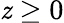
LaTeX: \mathit{z}\ge0